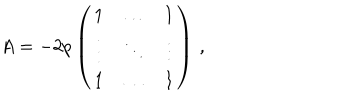
LaTeX: A = - 2 p \left( \begin{array} { c c c } { { 1 } } & { { \ldots } } & { { 1 } } \\ { { \vdots } } & { { \ddots } } & { { \vdots } } \\ { { 1 } } & { { \ldots } } & { { 1 } } \\ \end{array} \right) \, ,